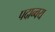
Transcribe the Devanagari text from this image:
पदान्वय